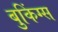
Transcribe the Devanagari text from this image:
बुकिंग्स